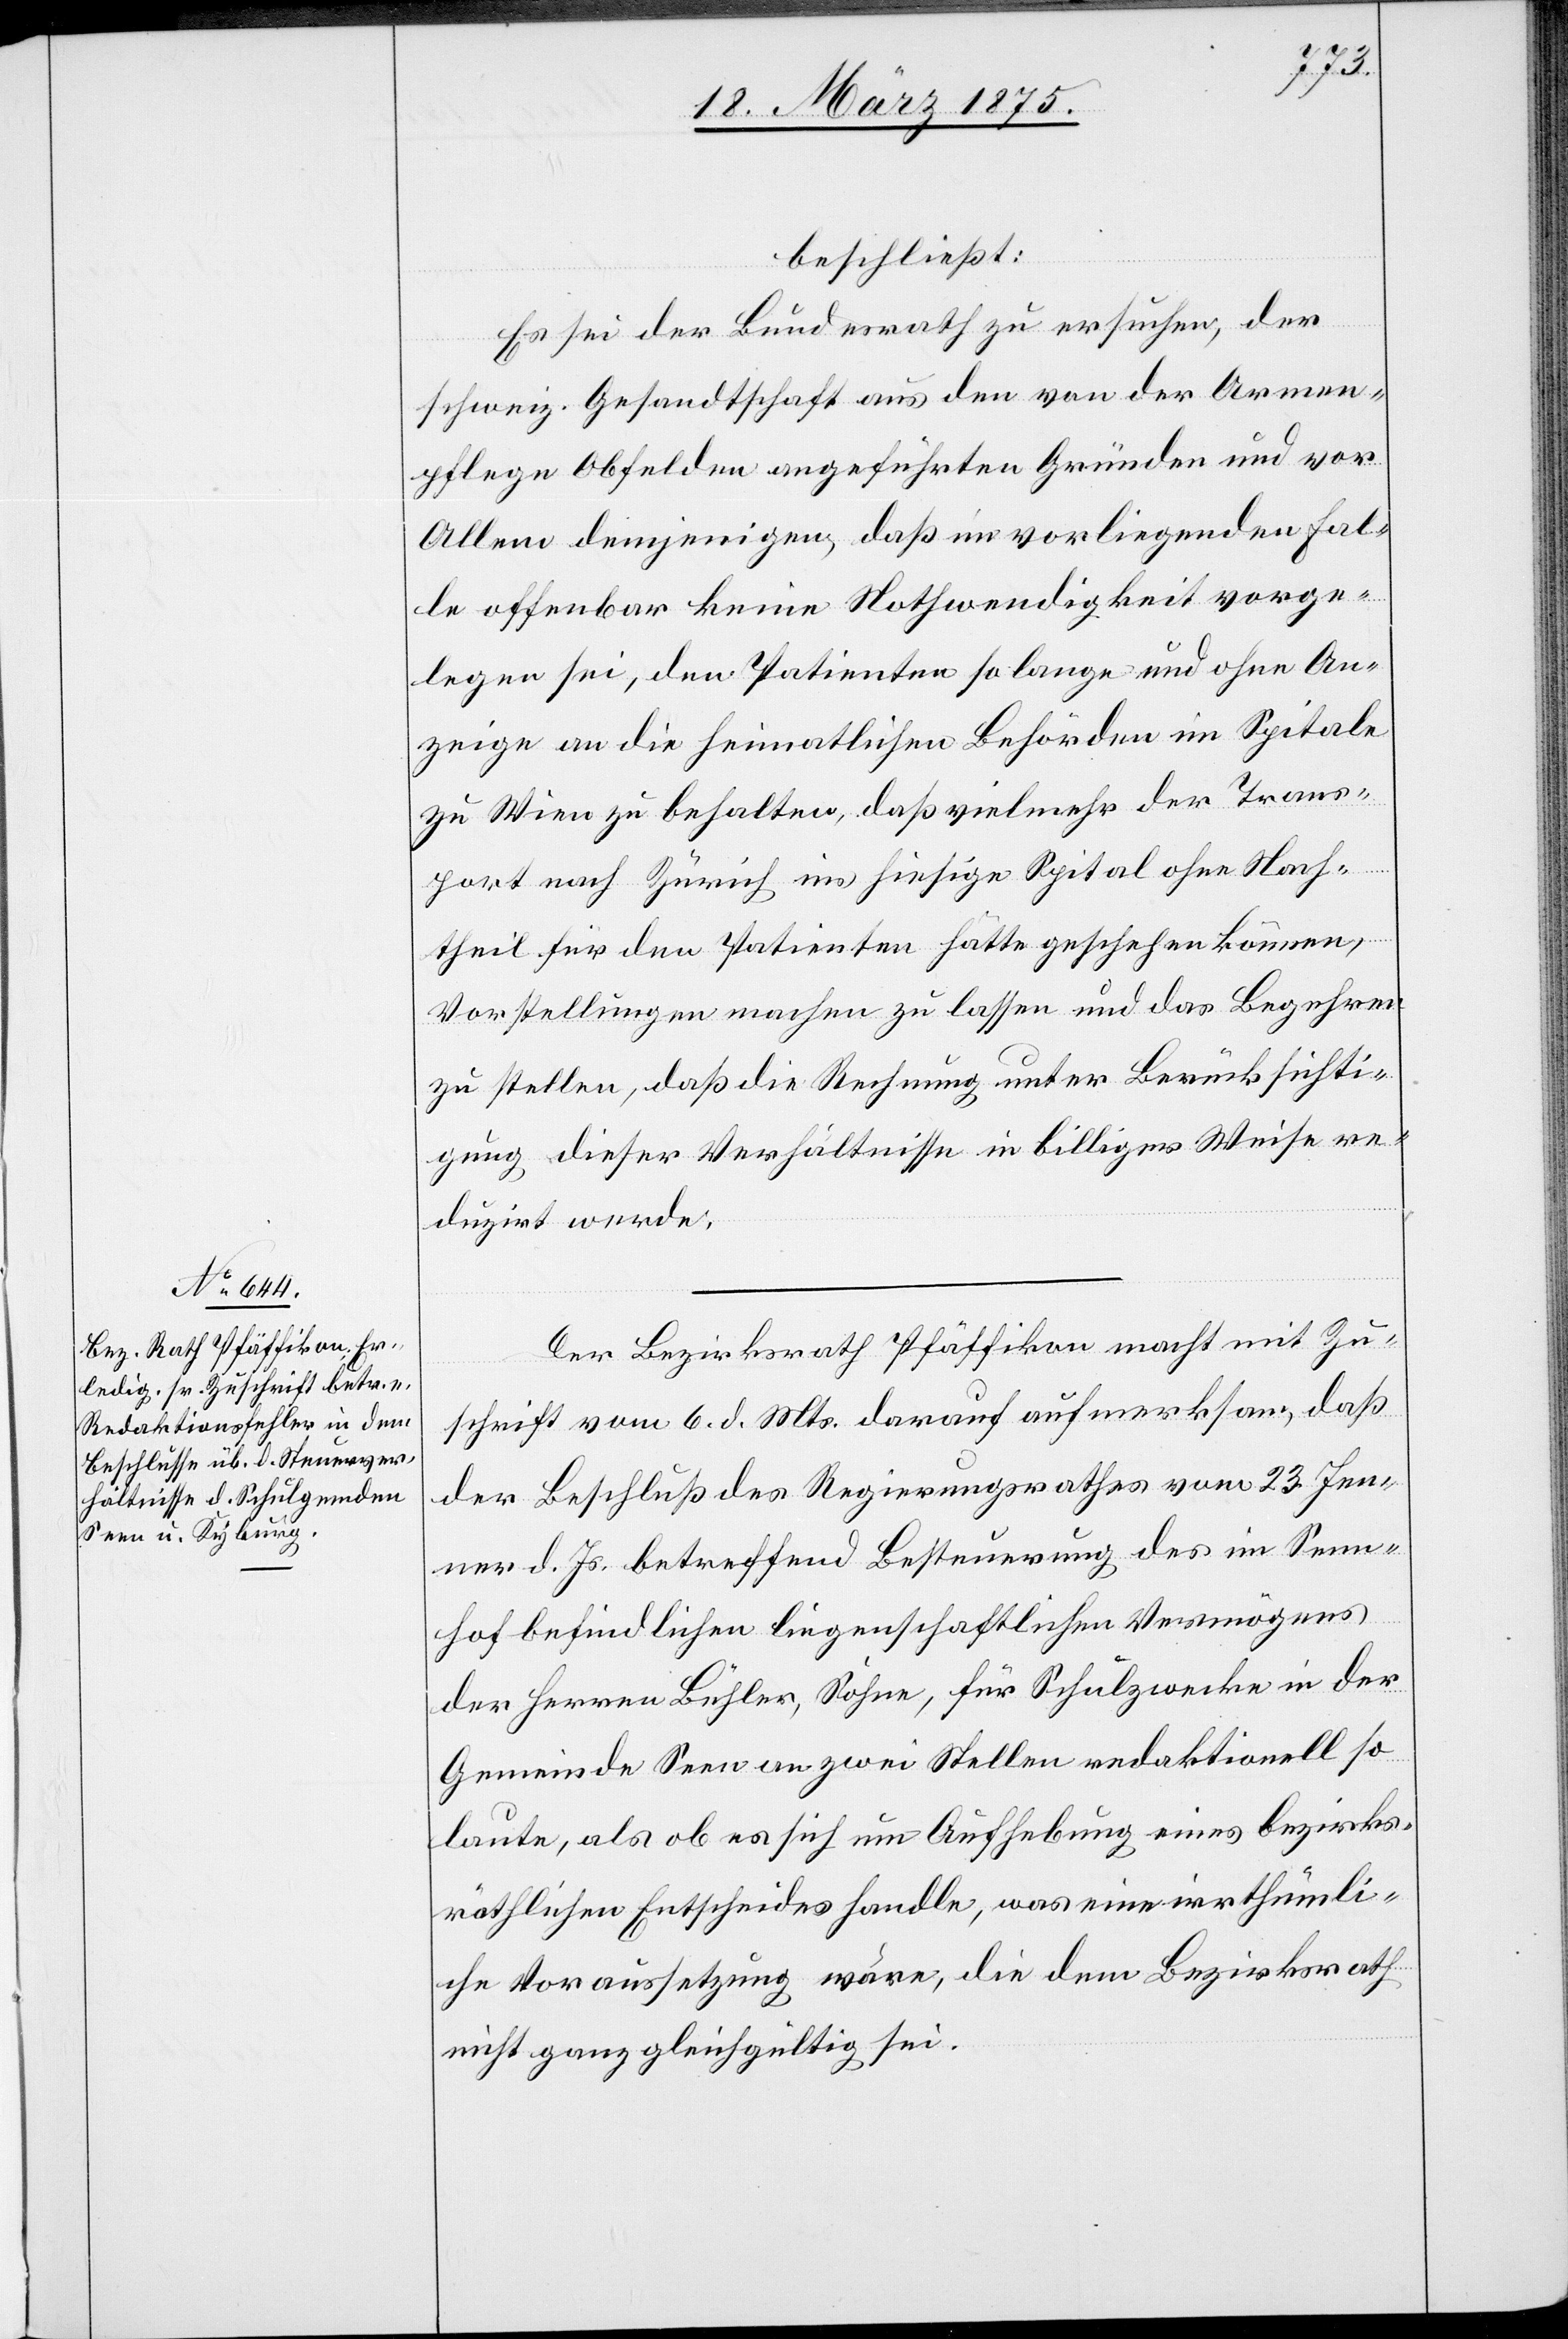
18. März 1875.]
beschließt:
Es sei der Bundesrath zu ersuchen, der
schweiz. Gesandtschaft aus den von der Armen¬
pflege Obfelden angeführten Gründen und vor
Allem denjenigen, daß im vorliegenden Fal¬
le offenbar keine Nothwendigkeit vorge¬
legen sei, den Patienten so lange und ohne An¬
zeige an die heimatlichen Behörden im Spitale
zu Wien zu behalten, daß vielmehr der Trans¬
port nach Zürich ins hiesige Spital ohne Nach¬
theil für den Patienten hätte geschehen können,
Vorstellungen mach zu lassen und das Begehren
zu stellen, daß die Rechnung unter Berücksichti¬
gung dieser Verhältnisse in billiger Weise re¬
duzirt werde.
Der Bezirksrath Pfäffikon macht mit Zu¬
schrift vom 6. d. Mts. darauf aufmerksam, daß
der Beschluß des Regierungsrathes vom 23. Jen¬
ner d. Js. betreffend Besteuerung des im Senn¬
hof befindlichen liegenschaftlichen Vermögens
der Herren Bühler, Söhne, für Schulzwecke in der
Gemeinde Seen an zwei Stellen redaktionell so
laute, als ob es sich um Aufhebung eines bezirks¬
räthlichen Entscheides handle, was eine irrthümli¬
che Voraussetzung wäre, die dem Bezirksrath
nicht ganz gleichgültig sei.